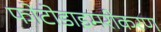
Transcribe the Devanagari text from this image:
फोटोडाइमरीकरण